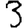
Digit: 3